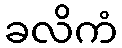
ခလိကံ